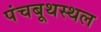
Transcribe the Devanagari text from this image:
पंचबूथस्थल